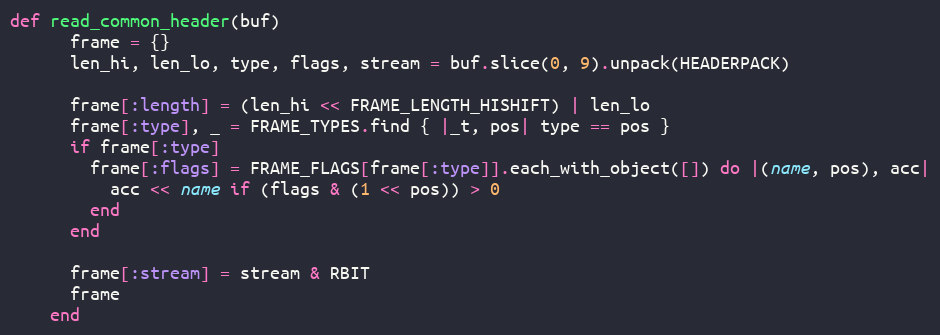
Language: Ruby
def read_common_header(buf)
      frame = {}
      len_hi, len_lo, type, flags, stream = buf.slice(0, 9).unpack(HEADERPACK)

      frame[:length] = (len_hi << FRAME_LENGTH_HISHIFT) | len_lo
      frame[:type], _ = FRAME_TYPES.find { |_t, pos| type == pos }
      if frame[:type]
        frame[:flags] = FRAME_FLAGS[frame[:type]].each_with_object([]) do |(name, pos), acc|
          acc << name if (flags & (1 << pos)) > 0
        end
      end

      frame[:stream] = stream & RBIT
      frame
    end